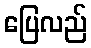
ပြေလည်